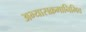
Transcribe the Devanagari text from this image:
अभ्यासक्रमानिमित्त